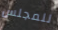
للمجلس